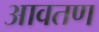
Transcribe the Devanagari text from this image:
आवतण